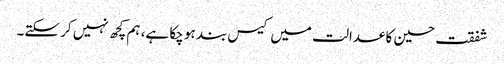
شفقت حسین کا عدالت میں کیس بند ہو چکا ہے، ہم کچھ نہیں کر سکتے۔